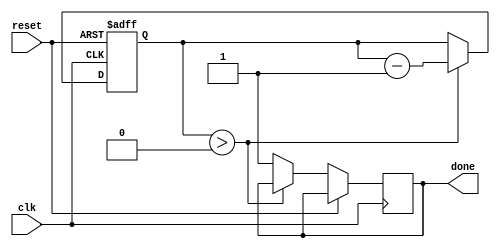
module DecrementalForLoop (
    input wire clk,
    input wire reset,
    output wire done
);

reg [7:0] index;

initial begin
    index = 10; // Initial value of loop index
end

always @(posedge clk or posedge reset) begin
    if (reset) begin
        index <= 10;
    end else begin
        if (index > 0) begin
            // Perform actions or operations based on index value
            // Your code here
            
            // Decrement index
            index <= index - 1;
        end else begin
            done <= 1; // Indicates loop has finished
        end
    end
end

endmodule